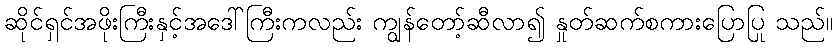
ဆိုင်ရှင်အဖိုးကြီးနှင့်အဒေါ်ကြီးကလည်း ကျွန်တော့်ဆီလာ၍ နှုတ်ဆက်စကားပြောပြု သည်။